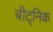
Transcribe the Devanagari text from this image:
बीट्निक